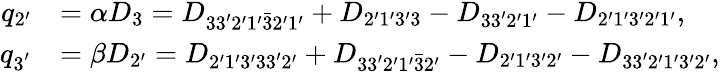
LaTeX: \begin{array}{rl}{q_{2^{\prime}}}&{=\alpha D_{3}={D_{33^{\prime}2^{\prime}1^{\prime}\bar{3}2^{\prime}1^{\prime}}}+{D_{2^{\prime}1^{\prime}3^{\prime}\mathrm{{3}}}}-{D_{33^{\prime}2^{\prime}1^{\prime}}}-{D_{2^{\prime}1^{\prime}3^{\prime}2^{\prime}1^{\prime}}},}\\ {q_{3^{'}}}&{=\beta D_{2^{\prime}}={D_{2^{\prime}1^{\prime}3^{\prime}33^{\prime}{\mathrm{2^{\prime}}}}}+{D_{33^{\prime}2^{\prime}1^{\prime}\bar{3}\mathrm{{2^{\prime}}}}}-{D_{2^{\prime}1^{\prime}3^{\prime}{\mathrm{2^{\prime}}}}}-{D_{33^{\prime}2^{\prime}1^{\prime}3^{\prime}\mathrm{{2^{\prime}}}}},}\end{array}